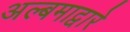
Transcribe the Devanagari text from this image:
अल्बमाद्वारे